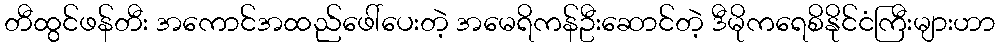
တီထွင်ဖန်တီး အကောင်အထည်ဖေါ်ပေးတဲ့ အမေရိကန်ဦးဆောင်တဲ့ ဒီမိုကရေစိနိုင်ငံကြီးများဟာ